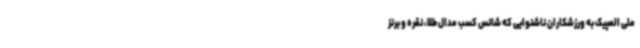
ملی المپیک به ورزشکاران ناشنوایی که شانس کسب مدال طلا، نقره و برنز